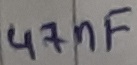
Text: 47nF